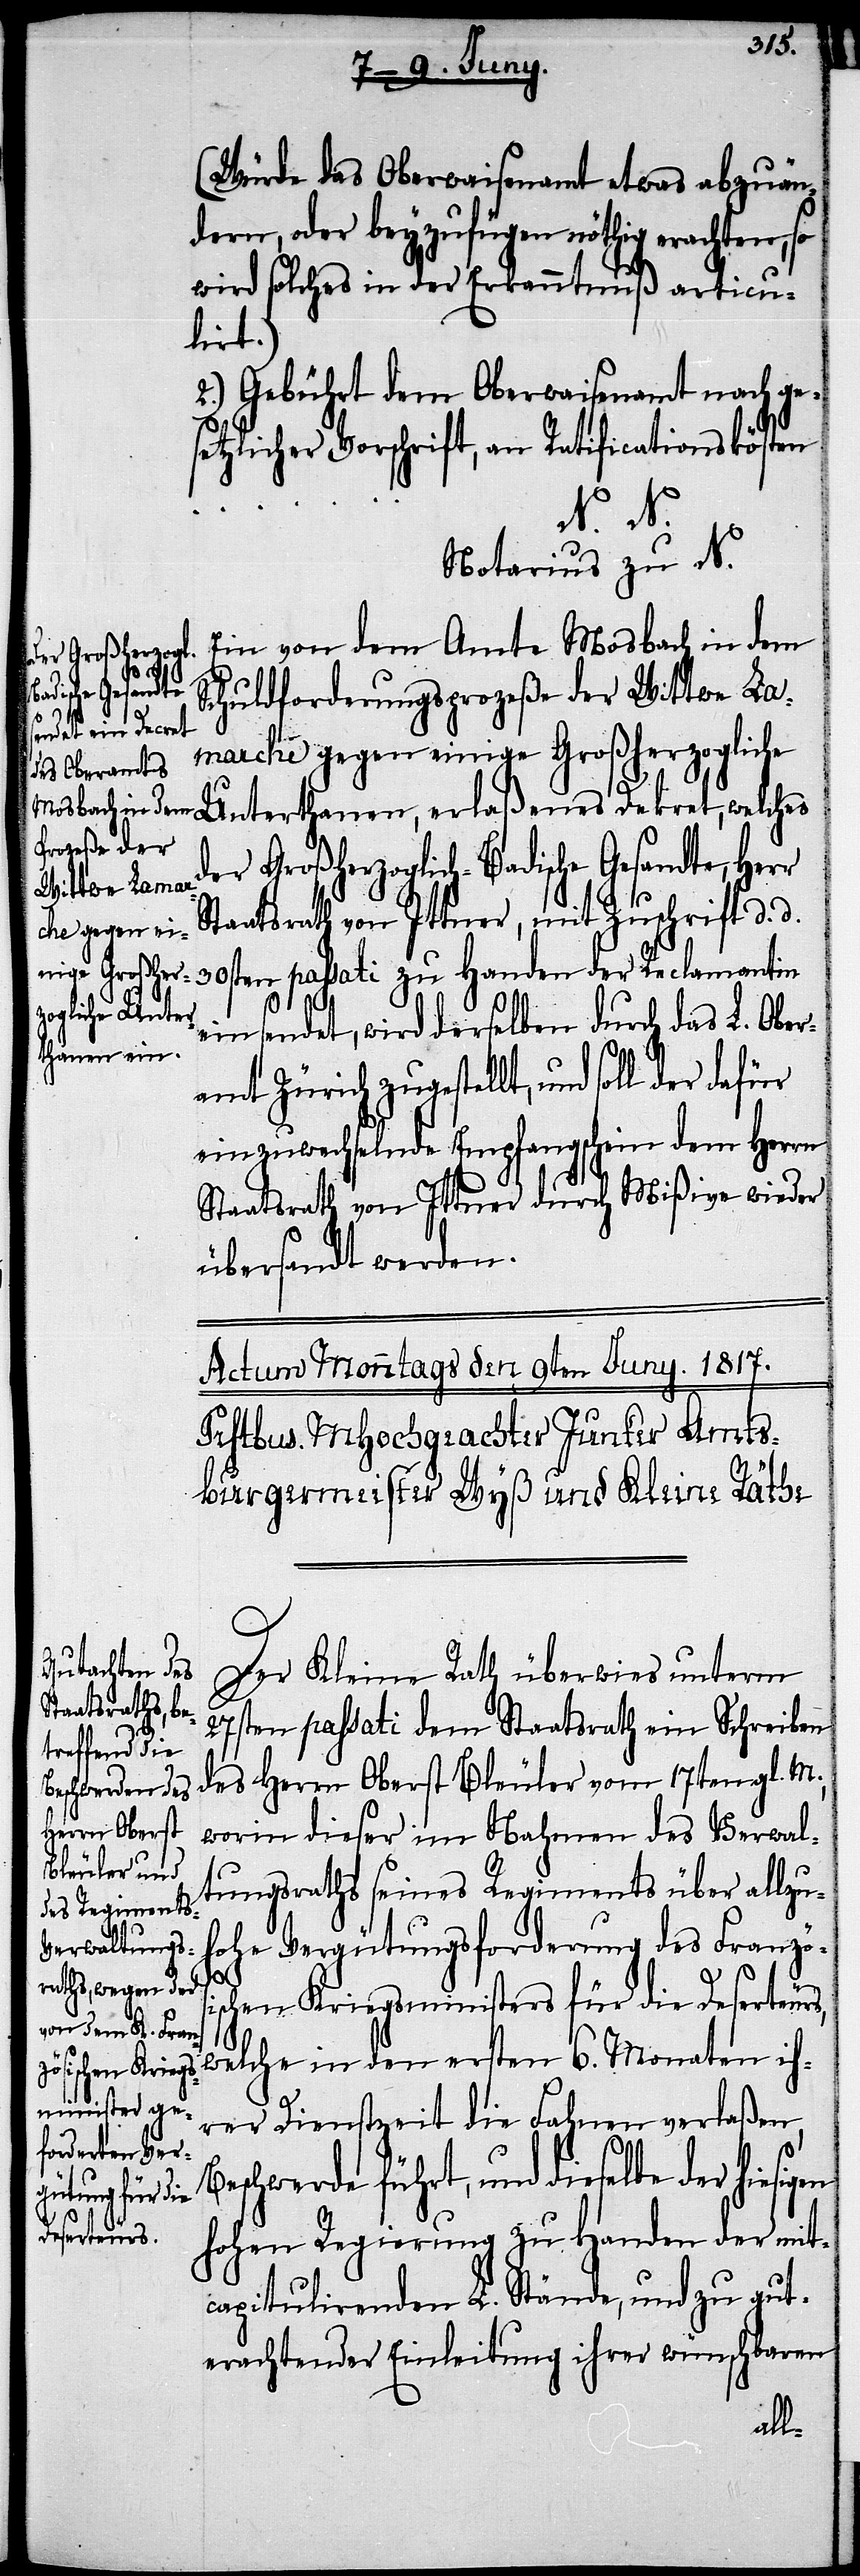
(Würde das Oberwaisenamt etwas abzuän¬
dern, oder beyzufügen nöthig erachten, so
wird solches in der Erkanntnuß articu¬
lirt.)
2.) Gebührt dem Oberwaisenamt nach ge¬
setzlicher Vorschrift, an Ratificationskösten …
N. N.
Notarius zu N.
Ein von dem Amte Mosbach in dem
gen
Schuldforderungsprozeße der Wittwe Lama¬
zogliche Unterthanen, erlaßenes Dekret, welches
der Großherzoglich-Badische Gesandte, Herr
Staatsrath von Ittner, mit Zuschrift d. d.
rche gegen ei¬
nige Großher¬
30sten passati zu Handen der Reclamantin
einsendet, wird derselben durch das L. Ober¬
amt Zürich zugestellt, und soll der
einzuwechselnde Empfangschein dem Herrn
Staatsrath von Ittner durch Mißive wieder
übersandt werden.
Der Kleine Rath überwies unterm
27sten passati dem Staatsrath ein Schreiben
des Herrn Oberst Bleuler vom 17ten gl. M.,
worin dieser im Nahmen des Verwal¬
tungsraths seines Regiments über allzu¬
hohe Vergütungsforderung des Französ¬
ischen Kriegsministers für die Deserteurs,
welche in den ersten 6. Monaten ih¬
rer Dienstzeit die Fahnen verlaßen,
schwerde führt, und dieselbe der hiesi¬
hohen Regierung zu Handen der mit¬
capitulirenden L. Stände, und zu gut¬
erachtender Einleitung ihrer wünschbaren